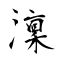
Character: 澟